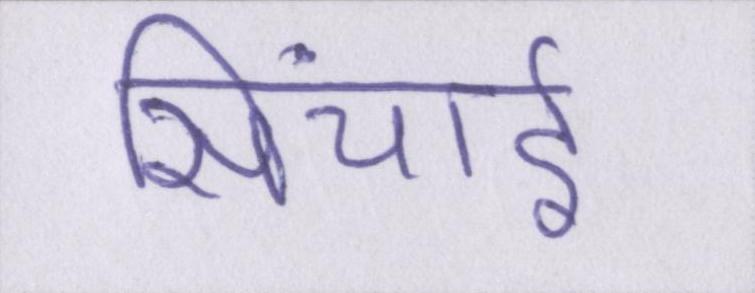
सिंचाई